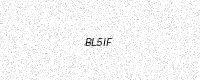
Text: BL5IF